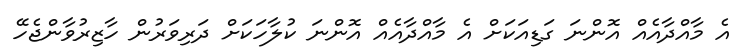
އެ މާއްދާާއެއް އޮންނަ ގަޑިއަކަށް އެ މާއްދާއެއް އޮންނަ ކުލާހަކަށް ދަރިވަރުން ހާޒިރުވާންޖެހޭ